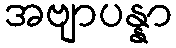
အဗျာပန္နာ